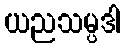
ယညသမ္ပဒါ